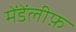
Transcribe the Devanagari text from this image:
मेंडेंलीफ़